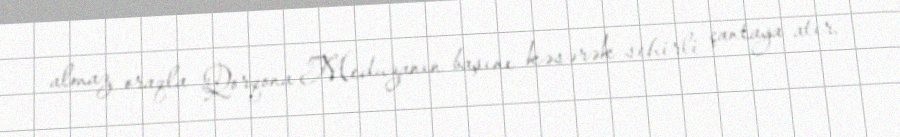
almaz oraqla Qorqona Meduzanın başını kəsərək sehirli çantaya atır.